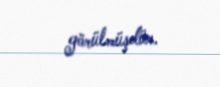
görülmüşdür.